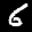
Label: 6